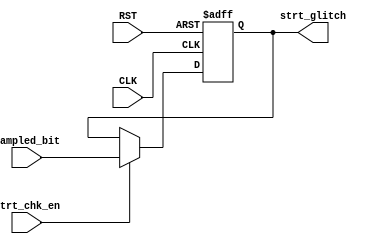
module strt_check 
( 
  
  input                     CLK,RST,
  input                     strt_chk_en,
  input                     sampled_bit,
  output  reg               strt_glitch 
  );
 always @(posedge CLK or negedge RST) begin
     if (!RST)
       begin
       strt_glitch<=0;
       end
     else if (strt_chk_en)
       begin
         strt_glitch <= sampled_bit ^ 1'b0;                    // 1^0=0      1^1=1,
       end
   end 

endmodule